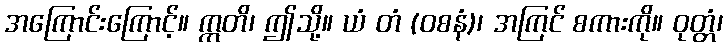
အကြောင်းကြောင့်။ ဣတိ၊ ဤသို့။ ယံ တံ (ဝစနံ)၊ အကြင် စကားကို။ ဝုတ္တံ၊